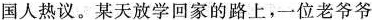
国人热议。某天放学回家的路上，一位老爷爷